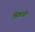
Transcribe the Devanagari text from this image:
त्रिकांची